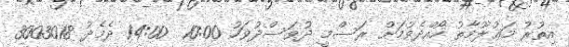
އިތުރު މަޢުލޫމާތު ހޯއްދެވުމަށް ރަސްމީ ދުވަސްދުވަހު 10:00  14:00 ދެމެދު 3003018